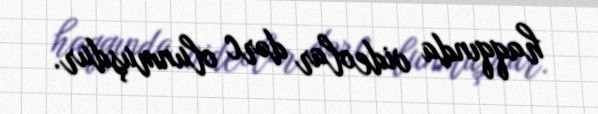
haqqında videolar dərc olunmuşdur.